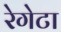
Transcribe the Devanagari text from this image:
रेगेटा